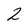
Character: 2